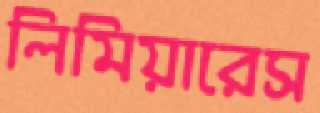
লিমিয়ারেস